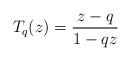
LaTeX: \begin{align*} T_q(z)= \frac{z-q}{1-qz}\end{align*}